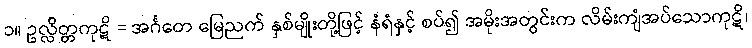
၁။ ဥလ္လိတ္တကုဋိ = အင်္ဂတေ မြေညက် နှစ်မျိုးတို့ဖြင့် နံရံနှင့် စပ်၍ အမိုးအတွင်းက လိမ်းကျံအပ်သောကုဋိ၊